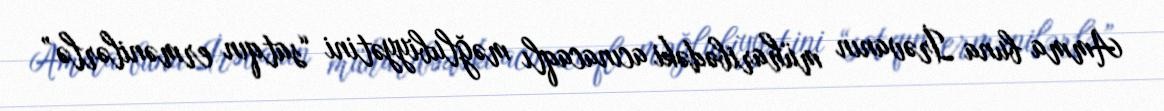
Amma buna İrəvanın müharibədəki acınacaqlı məğlubiyyətini “satqın ermənilərlə”